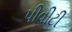
પીવીટી